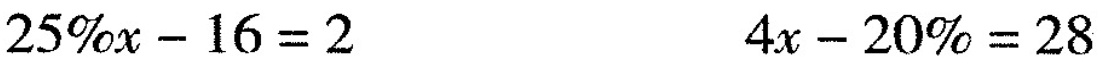
$$2 5 % x - 1 6 = 2$$ $$4 x - 2 0 % = 2 8$$